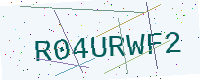
Text: R04URWF2